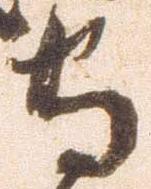
守